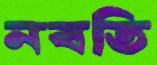
নবতি